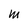
Character: M